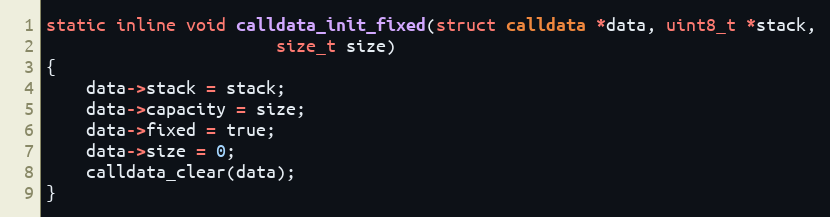
Language: C
static inline void calldata_init_fixed(struct calldata *data, uint8_t *stack,
				       size_t size)
{
	data->stack = stack;
	data->capacity = size;
	data->fixed = true;
	data->size = 0;
	calldata_clear(data);
}